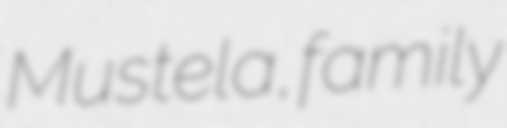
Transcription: Mustela, family